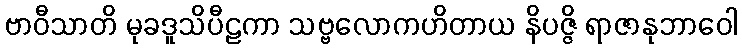
ဗာဝီသာတိ မုခဒူသိပီဠကာ သဗ္ဗလောကဟိတာယ နိပဇ္ဇိ ရာဇာနုဘာဝေါ